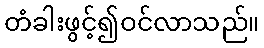
တံခါးဖွင့်၍ဝင်လာသည်။